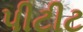
પીટીટ